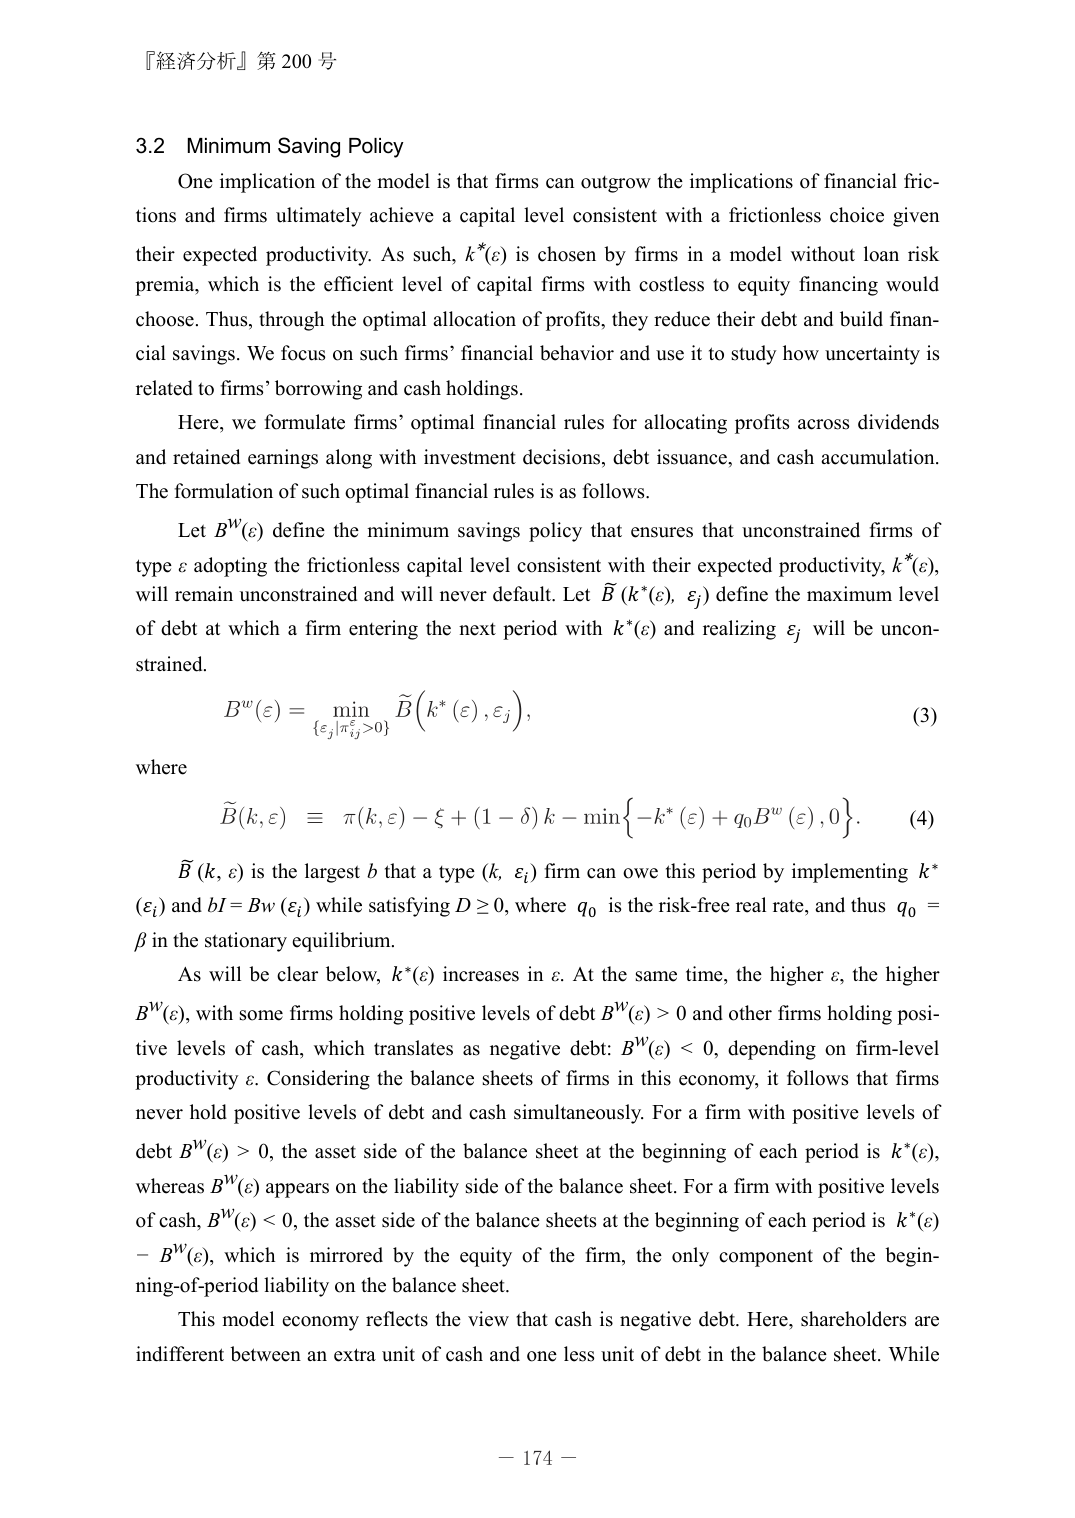
『経済分析』第 200 号

3.2 Minimum Saving Policy

One implication of the model is that firms can outgrow the implications of financial frictions and firms ultimately achieve a capital level consistent with a frictionless choice given their expected productivity. As such, k*(ε) is chosen by firms in a model without loan risk premia, which is the efficient level of capital firms with costless to equity financing would choose. Thus, through the optimal allocation of profits, they reduce their debt and build financial savings. We focus on such firms’ financial behavior and use it to study how uncertainty is related to firms’ borrowing and cash holdings.

Here, we formulate firms’ optimal financial rules for allocating profits across dividends and retained earnings along with investment decisions, debt issuance, and cash accumulation. The formulation of such optimal financial rules is as follows.

Let B^W(ε) define the minimum savings policy that ensures that unconstrained firms of type ε adopting the frictionless capital level consistent with their expected productivity, k*(ε), will remain unconstrained and will never default. Let B̃(k*(ε), ε_j) define the maximum level of debt at which a firm entering the next period with k*(ε) and realizing ε_j will be unconstrained.

B^W(ε) = min_{ {ε_j | π^ε_{ij} > 0} } B̃(k*(ε), ε_j),

where

B̃(k, ε) ≡ π(k, ε) - ξ + (1 - δ)k - min{ -k*(ε) + q_0 B^W(ε), 0 }.

B̃(k, ε) is the largest b that a type (k, ε_i) firm can owe this period by implementing k*(ε_i) and bI = B_W(ε_i) while satisfying D ≥ 0, where q_0 is the risk-free real rate, and thus q_0 = β in the stationary equilibrium.

As will be clear below, k*(ε) increases in ε. At the same time, the higher ε, the higher B^W(ε), with some firms holding positive levels of debt B^W(ε) > 0 and other firms holding positive levels of cash, which translates as negative debt: B^W(ε) < 0, depending on firm-level productivity ε. Considering the balance sheets of firms in this economy, it follows that firms never hold positive levels of debt and cash simultaneously. For a firm with positive levels of debt B^W(ε) > 0, the asset side of the balance sheet at the beginning of each period is k*(ε), whereas B^W(ε) appears on the liability side of the balance sheet. For a firm with positive levels of cash, B^W(ε) < 0, the asset side of the balance sheets at the beginning of each period is k*(ε) - B^W(ε), which is mirrored by the equity of the firm, the only component of the beginning-of-period liability on the balance sheet.

This model economy reflects the view that cash is negative debt. Here, shareholders are indifferent between an extra unit of cash and one less unit of debt in the balance sheet. While

— 174 —